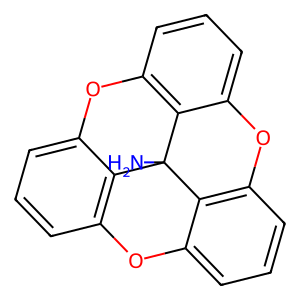
SMILES: NC12c3c4cccc3Oc3cccc(c31)Oc1cccc(c12)O4
Inhibits HIV replication: No